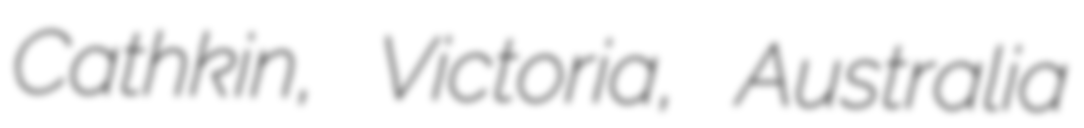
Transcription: Cathkin, Victoria, Australia